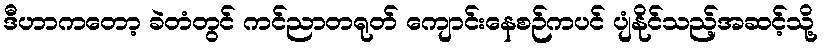
ဒီဟာကတော့ ခဲတံတွင် ကင်ညာတရုတ် ကျောင်းနေစဉ်ကပင် ပျံနိုင်သည့်အဆင့်သို့